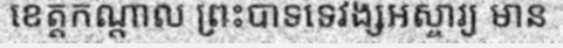
ខេត្តកណ្តាល ព្រះបាទទេវង្សអស្ចារ្យ មាន